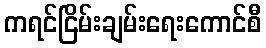
ကရင်ငြိမ်းချမ်းရေးကောင်စီ